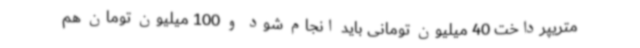
متریپرداخت 40 میلیون تومانی باید انجام شود و 100 میلیون تومان هم